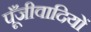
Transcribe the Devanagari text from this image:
पूँजीवादियों